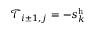
\mathcal { T } _ { i \pm 1 , j } = - s _ { k } ^ { \mathrm { h } }